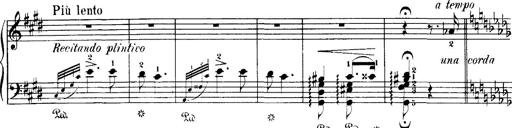
Title: Hungarian Rhapsody No.1
Composer: Franz Liszt
Key: C-sharp minor